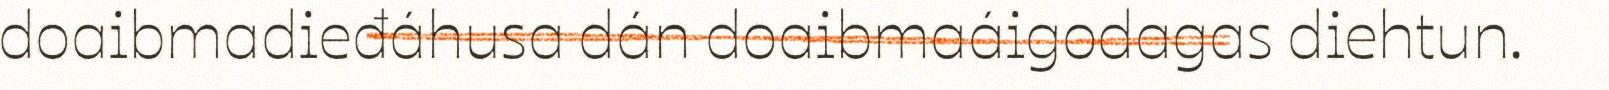
doaibmadieđáhusa dán doaibmaáigodagas diehtun.